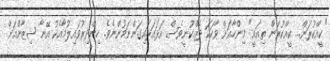
"ކީއްކުރަން... ކީއްކުރަން ތިއައީ" މިންހާއަށް ވާހަކަ ދެއްކުނީވެސް އަޅައަޅައިގަންނަމުންނެވެ. ހިންދިރުވައިލުމާއެކު އޭނާ ޝިޒާންއަށް